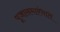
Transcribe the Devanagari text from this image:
पूजासमारंभात